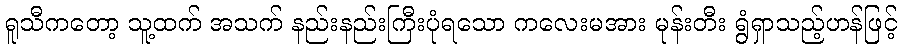
ရူသီကတော့ သူ့ထက် အသက် နည်းနည်းကြီးပုံရသော ကလေးမအား မုန်းတီး ရွံရှာသည့်ဟန်ဖြင့်